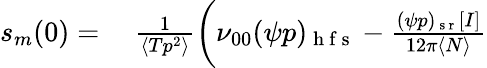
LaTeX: \begin{array}{rl}{s_{m}(0)=}&{{}~\frac{1}{\langle Tp^{2}\rangle}\bigg(\nu_{00}(\psi p)_{\mathrm{~h~f~s~}}-\frac{(\psi p)_{\mathrm{~s~r~}}[I]}{12\pi\langle N\rangle}}\end{array}